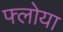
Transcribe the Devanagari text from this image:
फ्लोया